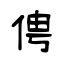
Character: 俜